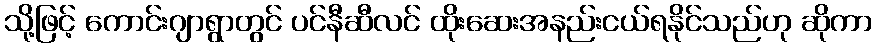
သို့ဖြင့် ကောင်းဂျာရွာတွင် ပင်နီဆီလင် ထိုးဆေးအနည်းငယ်ရနိုင်သည်ဟု ဆိုကာ